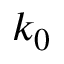
k _ { 0 }